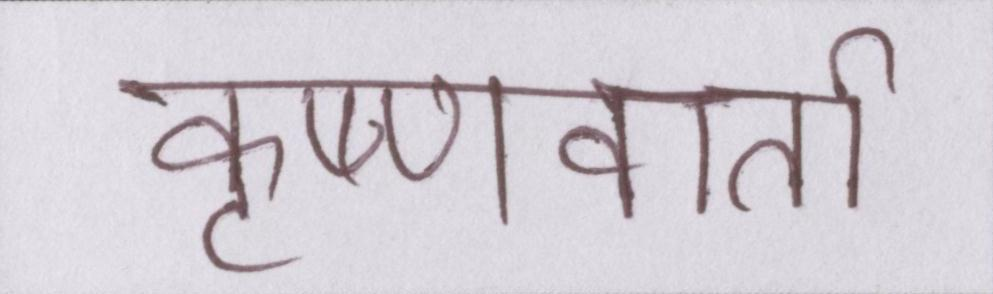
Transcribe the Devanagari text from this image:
कृष्णवार्ता